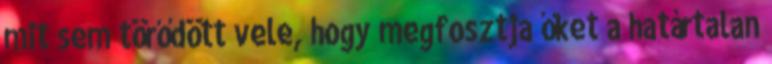
mit sem törődött vele, hogy megfosztja őket a határtalan